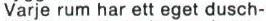
Varje rum har ett eget dusch-